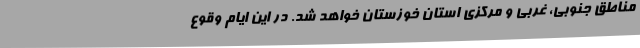
مناطق جنوبی، غربی و مرکزی استان خوزستان خواهد شد. در این ایام وقوع